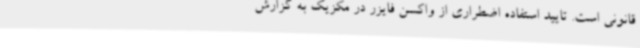
قانونی است. تایید استفاده اضطراری از واکسن فایزر در مکزیک به گزارش